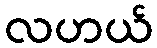
လဟယ်